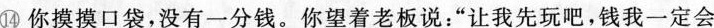
⑭你摸摸口袋,没有一分钱。你望着老板说:“让我先玩吧,钱我一定会